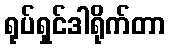
ရုပ်ရှင်ဒါရိုက်တာ